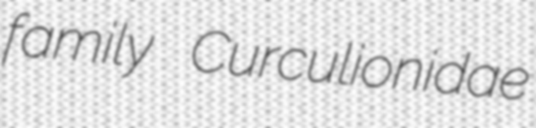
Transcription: family Curculionidae